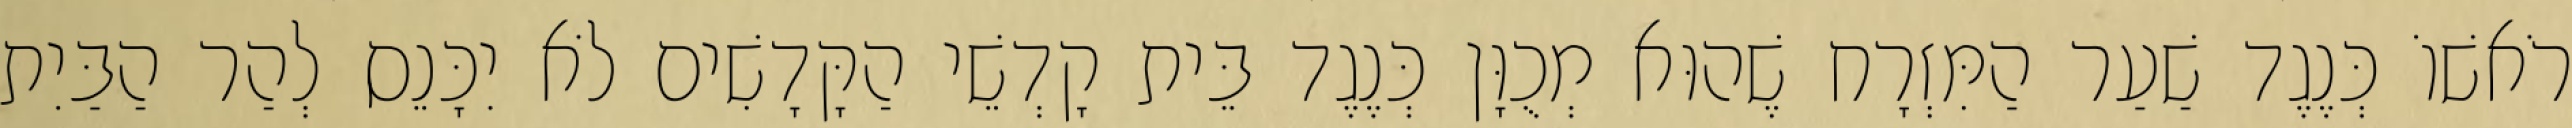
רֹאשׁוֹ כְּנֶגֶד שַׁעַר הַמִּזְרָח שֶׁהוּא מְכֻוָּן כְּנֶגֶד בֵּית קָדְשֵׁי הַקָּדָשִׁים לֹא יִכָּנֵס לְהַר הַבַּיִת